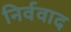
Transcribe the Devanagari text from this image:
निर्ववाद